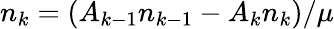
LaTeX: n_{k}=(A_{k-1}n_{k-1}-A_{k}n_{k})/\mu